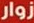
زوار